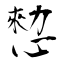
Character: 愸